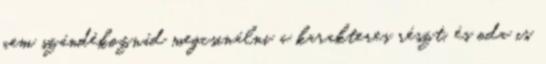
nem szándékoznád megcsinálni a karakteres részt, és oda is